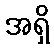
အရှိ